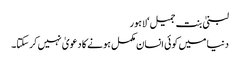
لبنیٰ بنت جمیل‘لاہور
دنیا میں کوئی انسان مکمل ہونے کا دعویٰ نہیں کرسکتا۔